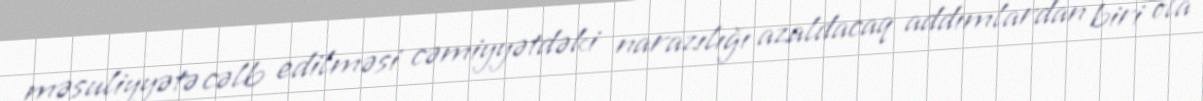
məsuliyyətə cəlb edilməsi cəmiyyətdəki narazılığı azaldacaq addımlardan biri ola